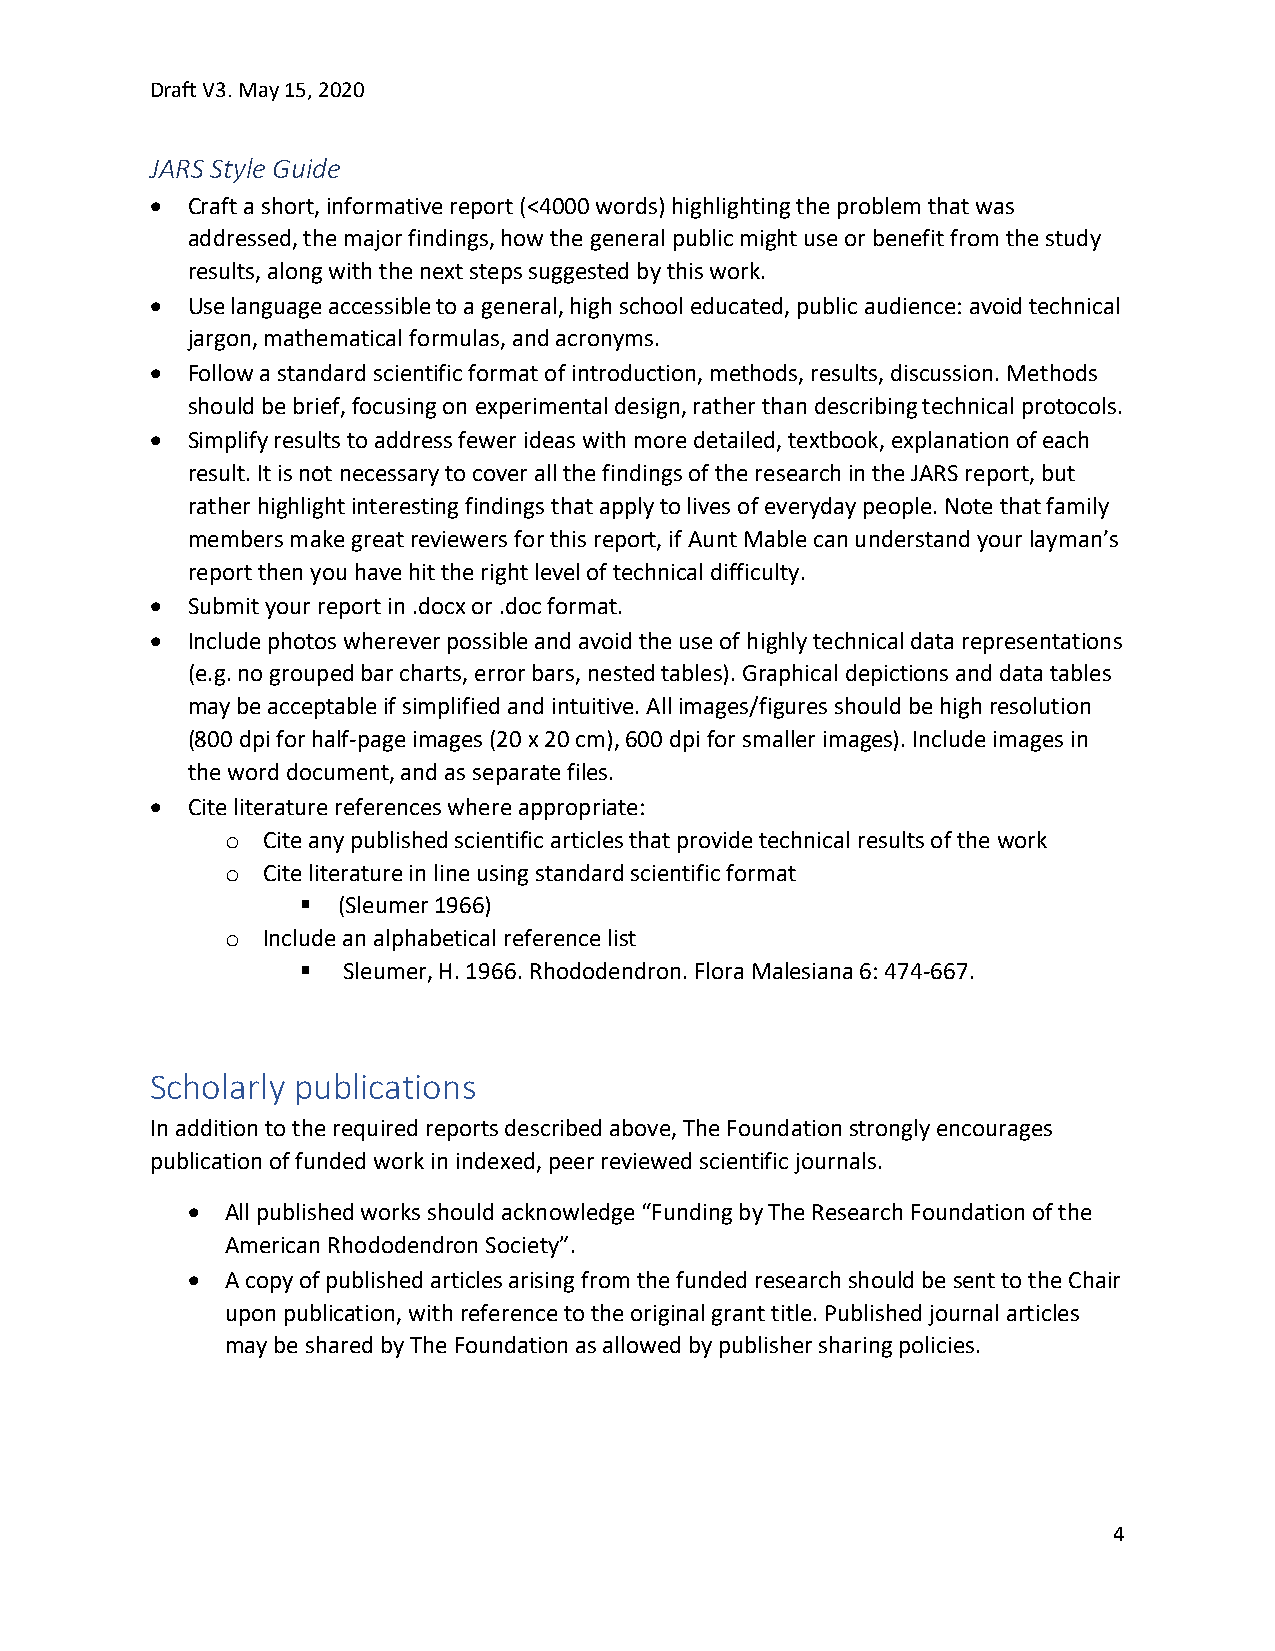
Draft V3. May 15, 2020
 JARS Style Guide
  Craft a short, informative report (<4000 words) highlighting the problem that was
 addressed, the major findings, how the general public might use or benefit from the study
 results, along with the next steps suggested by this work.
  Use language accessible to a general, high school educated, public audience: avoid technical
 jargon, mathematical formulas, and acronyms.
  Follow a standard scientific format of introduction, methods, results, discussion. Methods
 should be brief, focusing on experimental design, rather than describing technical protocols.
  Simplify results to address fewer ideas with more detailed, textbook, explanation of each
 result. It is not necessary to cover all the findings of the research in the JARS report, but
 rather highlight interesting findings that apply to lives of everyday people. Note that family
 members make great reviewers for this report, if Aunt Mable can understand your layman’s
 report then you have hit the right level of technical difficulty.
  Submit your report in .docx or .doc format.
  Include photos wherever possible and avoid the use of highly technical data representations
 (e.g. no grouped bar charts, error bars, nested tables). Graphical depictions and data tables
 may be acceptable if simplified and intuitive. All images/figures should be high resolution
 (800 dpi for half-page images (20 x 20 cm), 600 dpi for smaller images). Include images in
 the word document, and as separate files.
  Cite literature references where appropriate:
 o Cite any published scientific articles that provide technical results of the work
 o Cite literature in line using standard scientific format
  (Sleumer 1966)
 o Include an alphabetical reference list
   Sleumer, H. 1966. Rhododendron. Flora Malesiana 6: 474-667.
 Scholarly publications
 In addition to the required reports described above, The Foundation strongly encourages
 publication of funded work in indexed, peer reviewed scientific journals.
   All published works should acknowledge “Funding by The Research Foundation of the
 American Rhododendron Society”.
   A copy of published articles arising from the funded research should be sent to the Chair
 upon publication, with reference to the original grant title. Published journal articles
 may be shared by The Foundation as allowed by publisher sharing policies.
 4